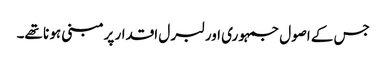
جس کے اصول جمہو ری اور لبر ل اقدار پرمبنی ہو نا تھے۔